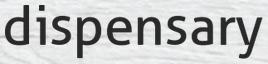
dispensary